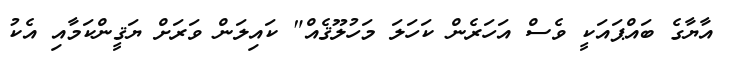
އާޔާގެ ބައްޕައަކީ ވެސް އަހަރެން ކަހަލަ މަހުލޫޤެއް" ކައިލަން ވަރަށް ޔަޤީންކަމާއި އެކު